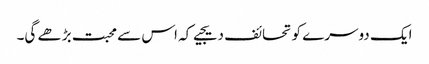
ایک دوسرے کو تحائف دیجیے کہ اس سے محبت بڑھے گی۔